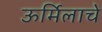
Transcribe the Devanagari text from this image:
ऊर्मिलाचे